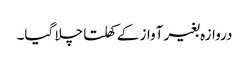
دروازہ بغیر آواز کے کھلتا چلا گیا۔